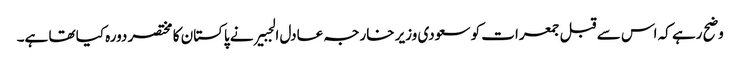
وضح رہے کہ اس سے قبل جمعرات کو سعودی وزیر خارجہ عادل الجبیر نے پاکستان کا مختصر دورہ کیا تھا ہے۔